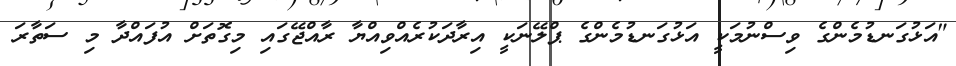
"އަޅުގަނޑުމެންގެ ވިސްނުމަކީ އަޅުގަނޑުމެންގެ ޕްލޭނަކީ އިރާދަކުރެއްވިއްޔާ ރާއްޖޭގައި މިގޮތަށް އުފައްދާ މި ސަތާރަ